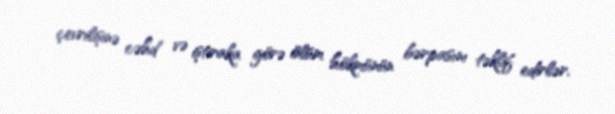
çevrilişinə cəhd və iştiraka görə ölüm hökmünün bərpasını təklif edirlər.